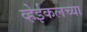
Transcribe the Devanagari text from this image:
व्हेईकलच्या